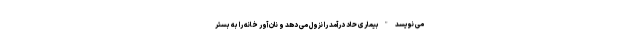
می نویسد "بیماری حاد درآمد را نزول می دهد و نان آور خانه را به بستر